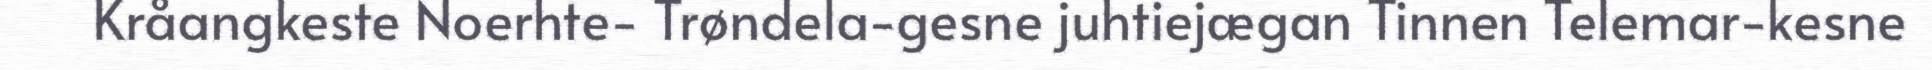
Kråangkeste Noerhte- Trøndela-gesne juhtiejægan Tinnen Telemar-kesne